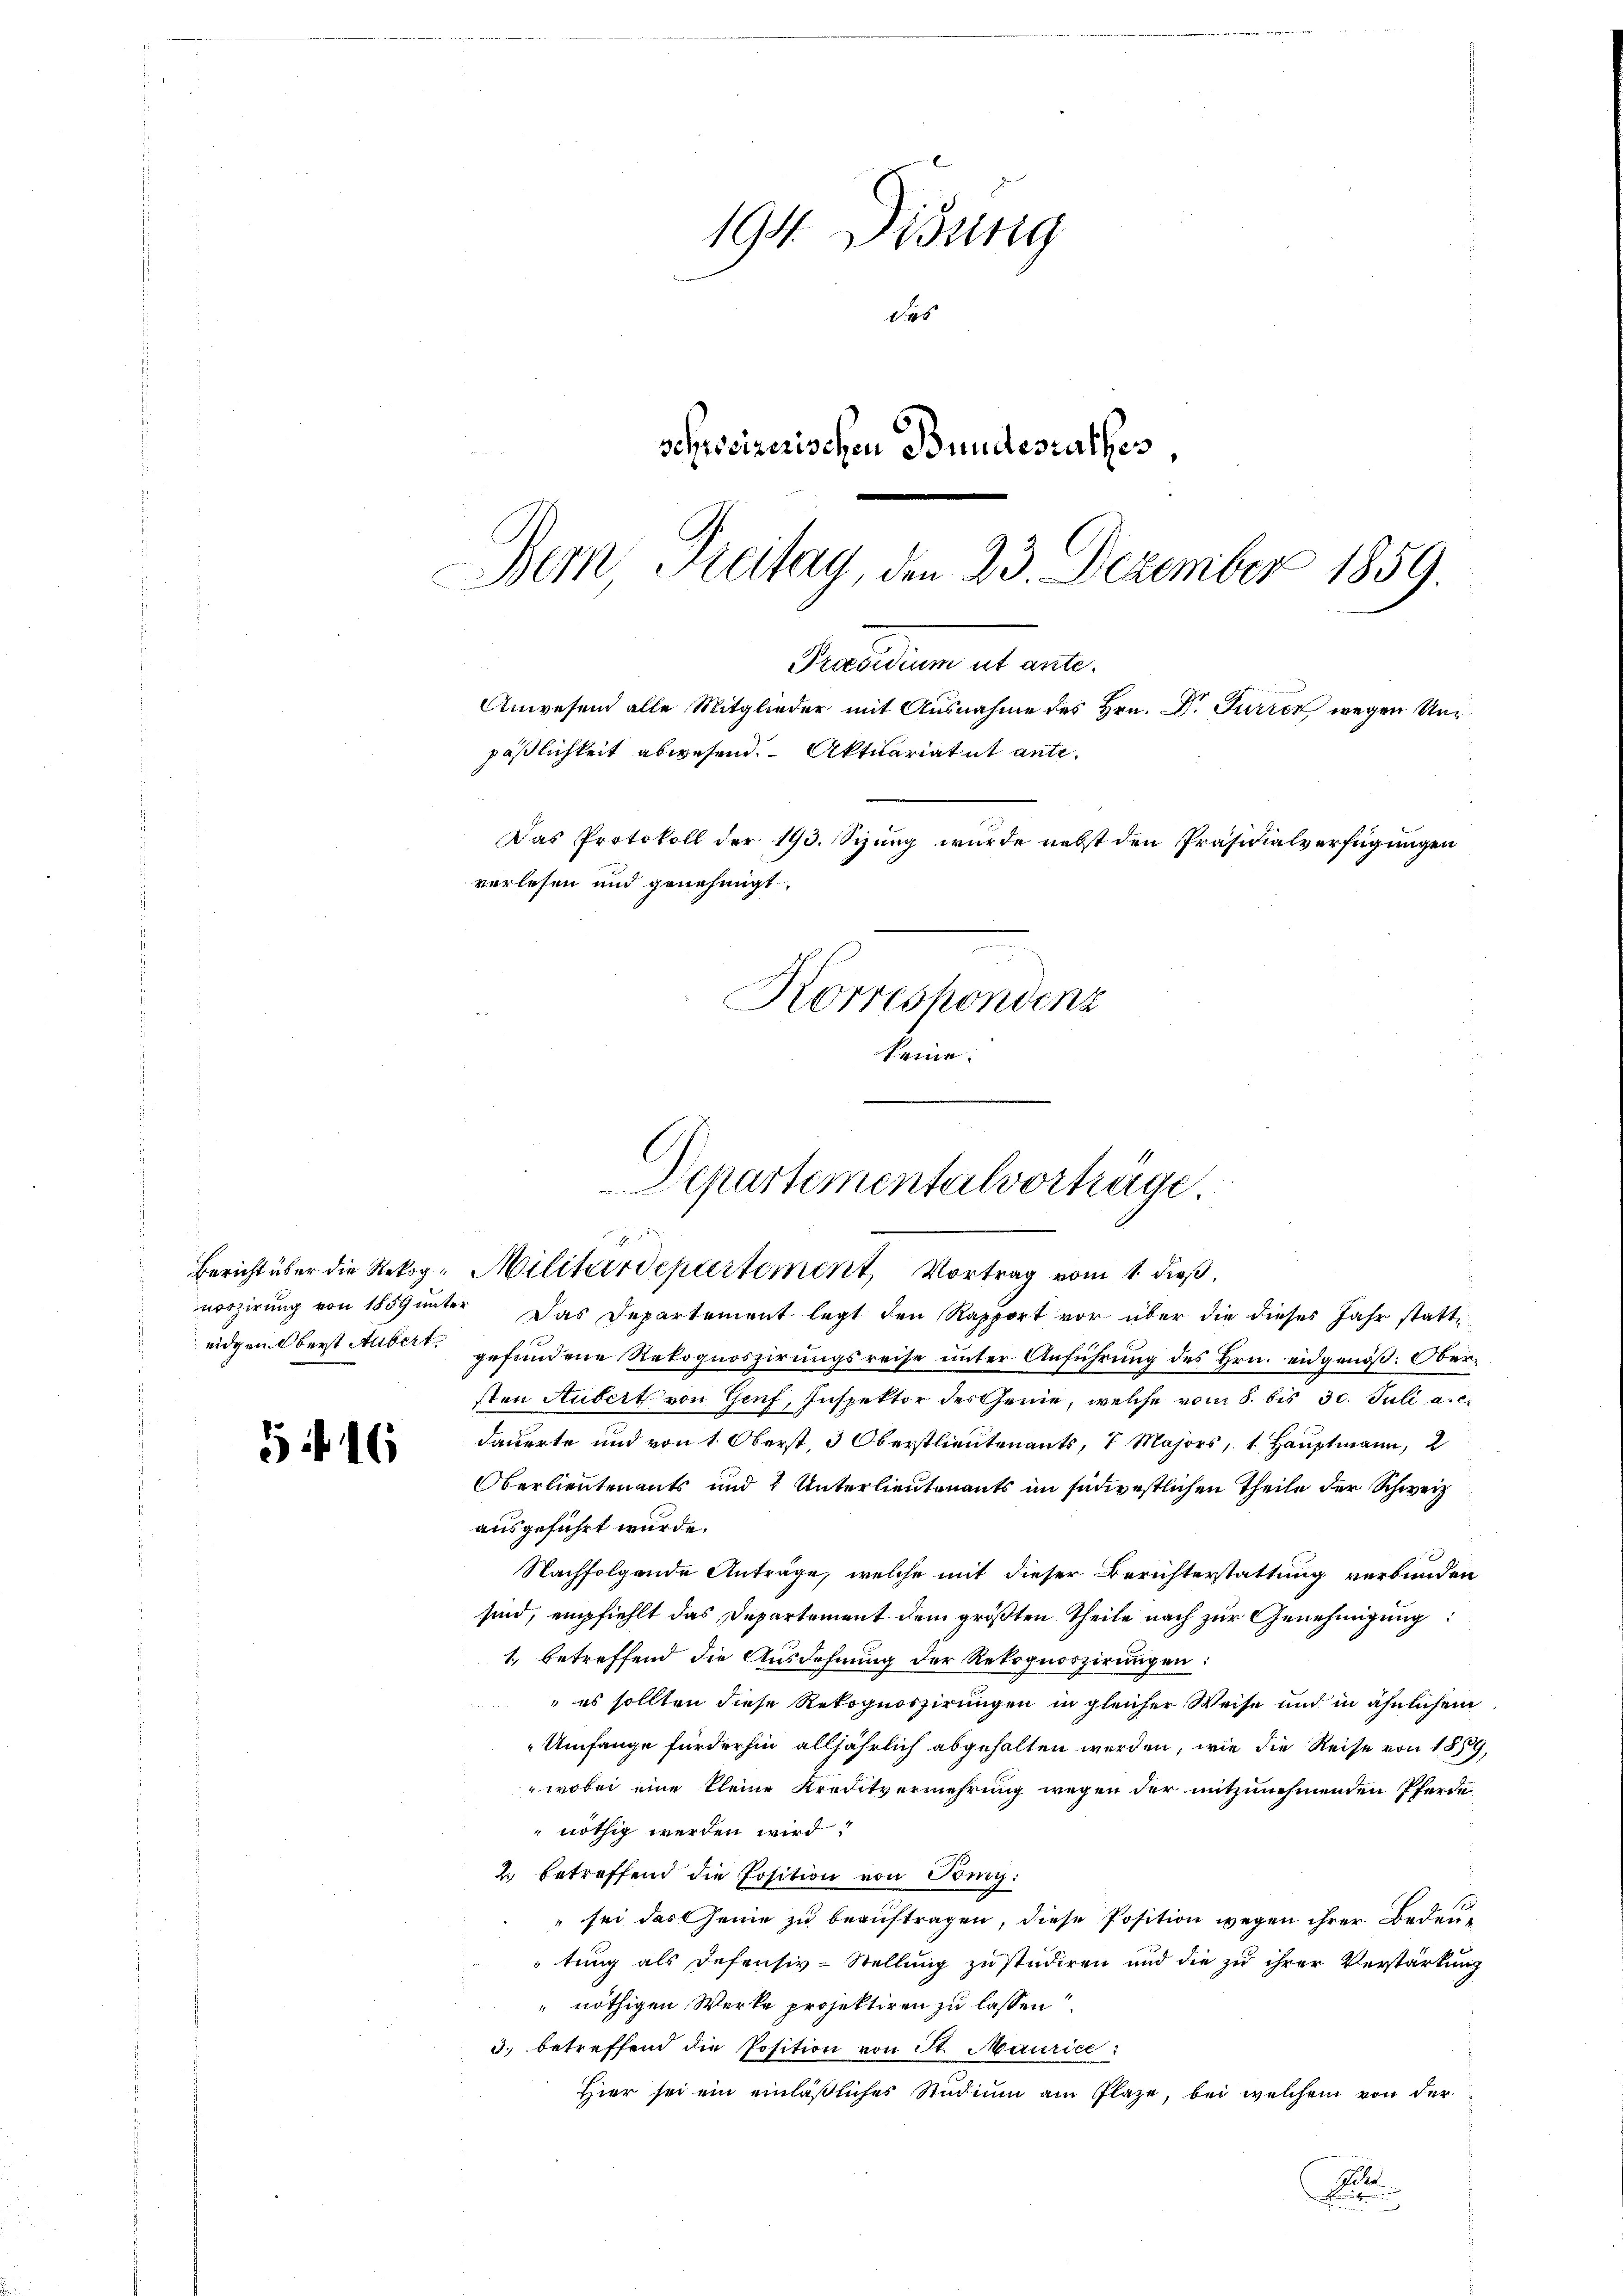
516

194. Disung
des
schweizerischen Bundesrathes,

Bern, Freitag, den 23. Dezember 1859.
Praedium et anle
Das Protokoll der 193. Sizung wurde nebst den Präsidialverfügungen
verlesen und genehmigt.

Korrespondenz
keine.

Departementalverträge.
Bericht über die Rekog-Militärdepartement, Vortrag vom 1. dieß,

vozirung von 1859 unter Das Departement legt den Rapport vor über die dieses Jahr statt
eidgen. Oberst Aubert gefundene Rekognoszirungsreise unter Anführung des Hrn. eidgenöß: Obersten Hubert von Genf, Inspektor des Genie, welche vom 8. bis 30. Juli a.c.
dauerte und von 1. Oberst, 3 Oberstlieutenants, 7. Majors, 1. Hauptmann, 2
Oberlieutenants und 2 Unterlieutenants im südwestlichen Theile der Schweiz
ausgeführt wurde.
Nachfolgende Anträge, welche mit dieser Berichterstattung verbunden
sind, empfiehlt das Departement dem größten Theile nach zur Genehmigung:
1. betreffend die Ausdehnung der Rekognoszirungen:
 es sollten diese Rekognoszirungen in gleicher Weise und in ähnlichem
Umfange fürderhin alljährlich abgehalten werden, wie die Reise von 1859,
wobei eine kleine Kreditvermehrung wegen der mitzunehmenden Pferdi
nöthig werden wird?
2. betreffend die Position von Bomy:
" sei das Genie zu beauftragen, diese Position wegen ihrer Bedeutung als Defensiv-Stellung zu studiren und die zu ihrer Verstärkung
" nöthigen Werke projektiren zu lassen
3. betreffend die Position von St. Maurice:
Hier sei ein einläßliches Studium am Plaze, bei welchem von der
Alle

päßlichkeit abwesend. Aktuariatut ante¬

Anwesend alle Mitglieder mit Ausnahme des Hrn. Dr. Furren wegen Un¬